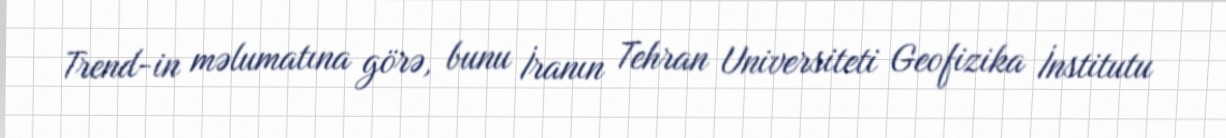
Trend-in məlumatına görə, bunu İranın Tehran Universiteti Geofizika İnstitutu